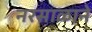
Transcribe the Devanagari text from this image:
नरसाळाने